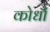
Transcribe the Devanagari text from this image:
कोधौं